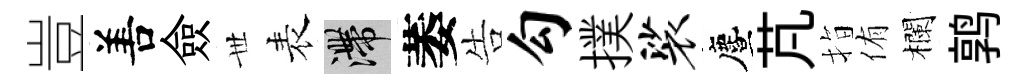
豈𠵊僉𠀍表滯萎告勾撲裟󵨌芃指侑欄鹑